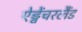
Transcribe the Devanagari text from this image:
ऐड्वेंचरलैंड